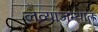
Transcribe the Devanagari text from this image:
लव्याजम्यात